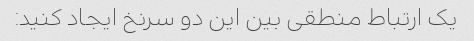
یک ارتباط منطقی بین این دو سرنخ ایجاد کنید: